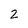
Character: 2